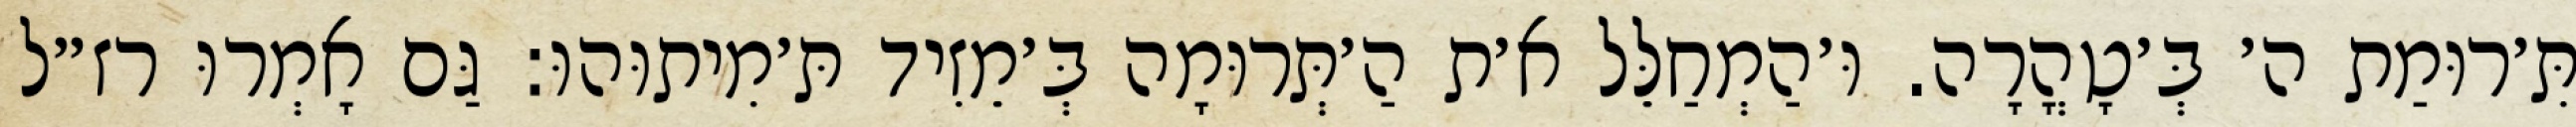
תִּ׳רוּמַת ה׳ בְּ׳טָהֳרָה. וּ׳הַמְחַלֵּל א׳ת הַ׳תְּרוּמָה בְּ׳מֵזִיד תּ׳מִיתוּהוּ: גַּם אָמְרוּ רז״ל